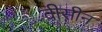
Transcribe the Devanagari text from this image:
वीसीन